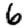
Digit: 6